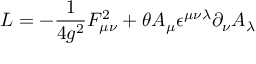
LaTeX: { \sl L } = - \frac { 1 } { 4 g ^ { 2 } } F _ { \mu \nu } ^ { 2 } + \theta A _ { \mu } \epsilon ^ { \mu \nu \lambda } \partial _ { \nu } A _ { \lambda }